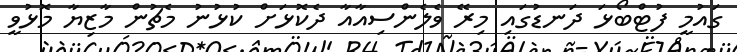
ގައުމީ ފުޓްބޯޅަ ދަނޑުގައި މިރޭ ވެލެންސިއާއާ ދެކޮޅަށް ކުޅުނު މެޗުން މާޒިޔާ މޮޅުވީ